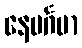
နေမင်္ဂမာ